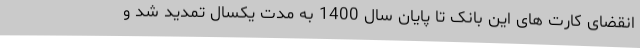
انقضای کارت های این بانک تا پایان سال 1400 به مدت یکسال تمدید شد و